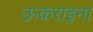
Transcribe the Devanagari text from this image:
ऊकराइना